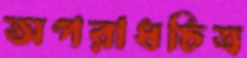
অপরাধচিত্র